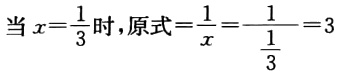
当\(x = \frac{1}{3}\)时，原式\(=\frac{1}{x}=\frac{1}{\frac{1}{3}} = 3\)